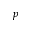
p